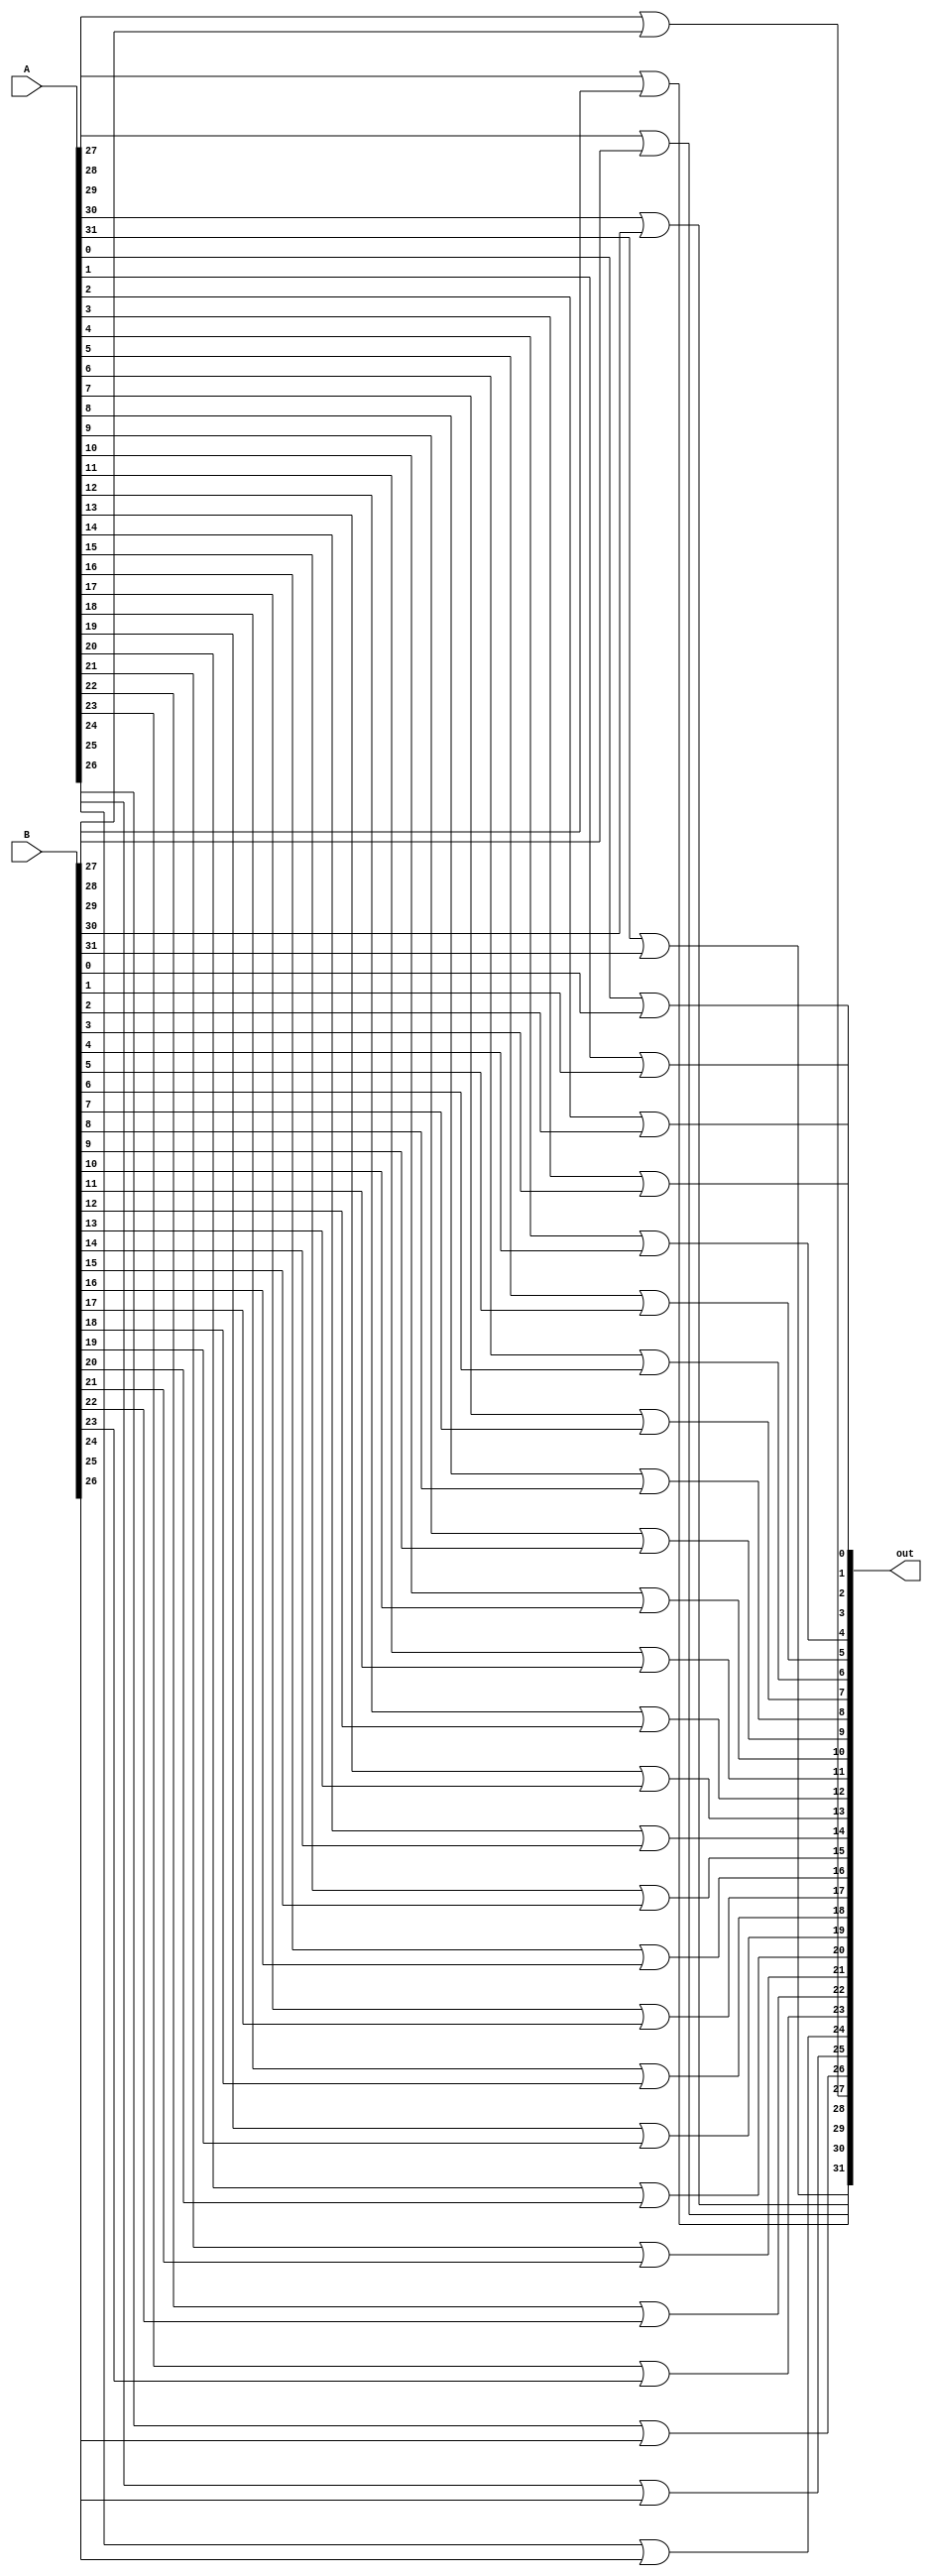
module or32(out, A, B);
    input [31:0] A, B;
    output [31:0] out;
    
    assign num0 = A[0];
    assign num1 = A[1];
    assign num2 = A[2];
    assign num3 = A[3];
    assign num4 = A[4];
    assign num5 = A[5];
    assign num6 = A[6];
    assign num7 = A[7];
    assign num8 = A[8];
    assign num9 = A[9];
    assign num10 = A[10];
    assign num11 = A[11];
    assign num12 = A[12];
    assign num13 = A[13];
    assign num14 = A[14];
    assign num15 = A[15];
    assign num16 = A[16];
    assign num17 = A[17];
    assign num18 = A[18];
    assign num19 = A[19];
    assign num20 = A[20];
    assign num21= A[21];
    assign num22 = A[22];
    assign num23 = A[23];
    assign num24 = A[24];
    assign num25 = A[25];
    assign num26 = A[26];
    assign num27 = A[27];
    assign num28 = A[28];
    assign num29 = A[29];
    assign num30 = A[30];
    assign num31 = A[31];

    assign b0 = B[0];
    assign b1 = B[1];
    assign b2 = B[2];
    assign b3 = B[3];
    assign b4 = B[4];
    assign b5 = B[5];
    assign b6 = B[6];
    assign b7 = B[7];
    assign b8 = B[8];
    assign b9 = B[9];
    assign b10 = B[10];
    assign b11 = B[11];
    assign b12 = B[12];
    assign b13 = B[13];
    assign b14 = B[14];
    assign b15 = B[15];
    assign b16 = B[16];
    assign b17 = B[17];
    assign b18 = B[18];
    assign b19 = B[19];
    assign b20 = B[20];
    assign b21= B[21];
    assign b22 = B[22];
    assign b23 = B[23];
    assign b24 = B[24];
    assign b25 = B[25];
    assign b26 = B[26];
    assign b27 = B[27];
    assign b28 = B[28];
    assign b29 = B[29];
    assign b30 = B[30];
    assign b31 = B[31];

    wire sum0, sum1, sum2, sum3, sum4, sum5, sum6, sum7, sum8, sum9, sum10, sum11, sum12, sum13, sum14, sum15, sum16, sum17, sum18, sum19, sum20, sum21, sum22, sum23, sum24, sum25, sum26, sum27, sum28, sum29, sum30, sum31;

    or or0(sum0, num0, b0);
    or or1(sum1, num1, b1);
    or or2(sum2, num2, b2);
    or or3(sum3, num3, b3);
    or or4(sum4, num4, b4);
    or or5(sum5, num5, b5);
    or or6(sum6, num6, b6);
    or or7(sum7, num7, b7);
    or or8(sum8, num8, b8);
    or or9(sum9, num9, b9);
    or or10(sum10, num10, b10);
    or or11(sum11, num11, b11);
    or or12(sum12, num12, b12);
    or or13(sum13, num13, b13);
    or or14(sum14, num14, b14);
    or or15(sum15, num15, b15);
    or or16(sum16, num16, b16);
    or or17(sum17, num17, b17);
    or or18(sum18, num18, b18);
    or or19(sum19, num19, b19);
    or or20(sum20, num20, b20);
    or or21(sum21, num21, b21);
    or or22(sum22, num22, b22);
    or or23(sum23, num23, b23);
    or or24(sum24, num24, b24);
    or or25(sum25, num25, b25);
    or or26(sum26, num26, b26);
    or or27(sum27, num27, b27);
    or or28(sum28, num28, b28);
    or or29(sum29, num29, b29);
    or or30(sum30, num30, b30);
    or or31(sum31, num31, b31);

    assign out[0] = sum0;
    assign out[1] = sum1;
    assign out[2] = sum2;
    assign out[3] = sum3;
    assign out[4] = sum4;
    assign out[5] = sum5;
    assign out[6] = sum6;
    assign out[7] = sum7;
    assign out[8] = sum8;
    assign out[9] = sum9;
    assign out[10] = sum10;
    assign out[11] = sum11;
    assign out[12] = sum12;
    assign out[13] = sum13;
    assign out[14] = sum14;
    assign out[15] = sum15;
    assign out[16] = sum16;
    assign out[17] = sum17;
    assign out[18] = sum18;
    assign out[19] = sum19;
    assign out[20] = sum20;
    assign out[21] = sum21;
    assign out[22] = sum22;
    assign out[23] = sum23;
    assign out[24] = sum24;
    assign out[25] = sum25;
    assign out[26] = sum26;
    assign out[27] = sum27;
    assign out[28] = sum28;
    assign out[29] = sum29;
    assign out[30] = sum30;
    assign out[31] = sum31;
endmodule